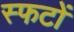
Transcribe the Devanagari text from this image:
स्फटों